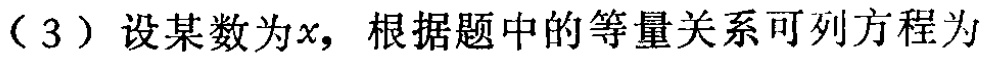
（3）设某数为\(x\)，根据题中的等量关系可列方程为